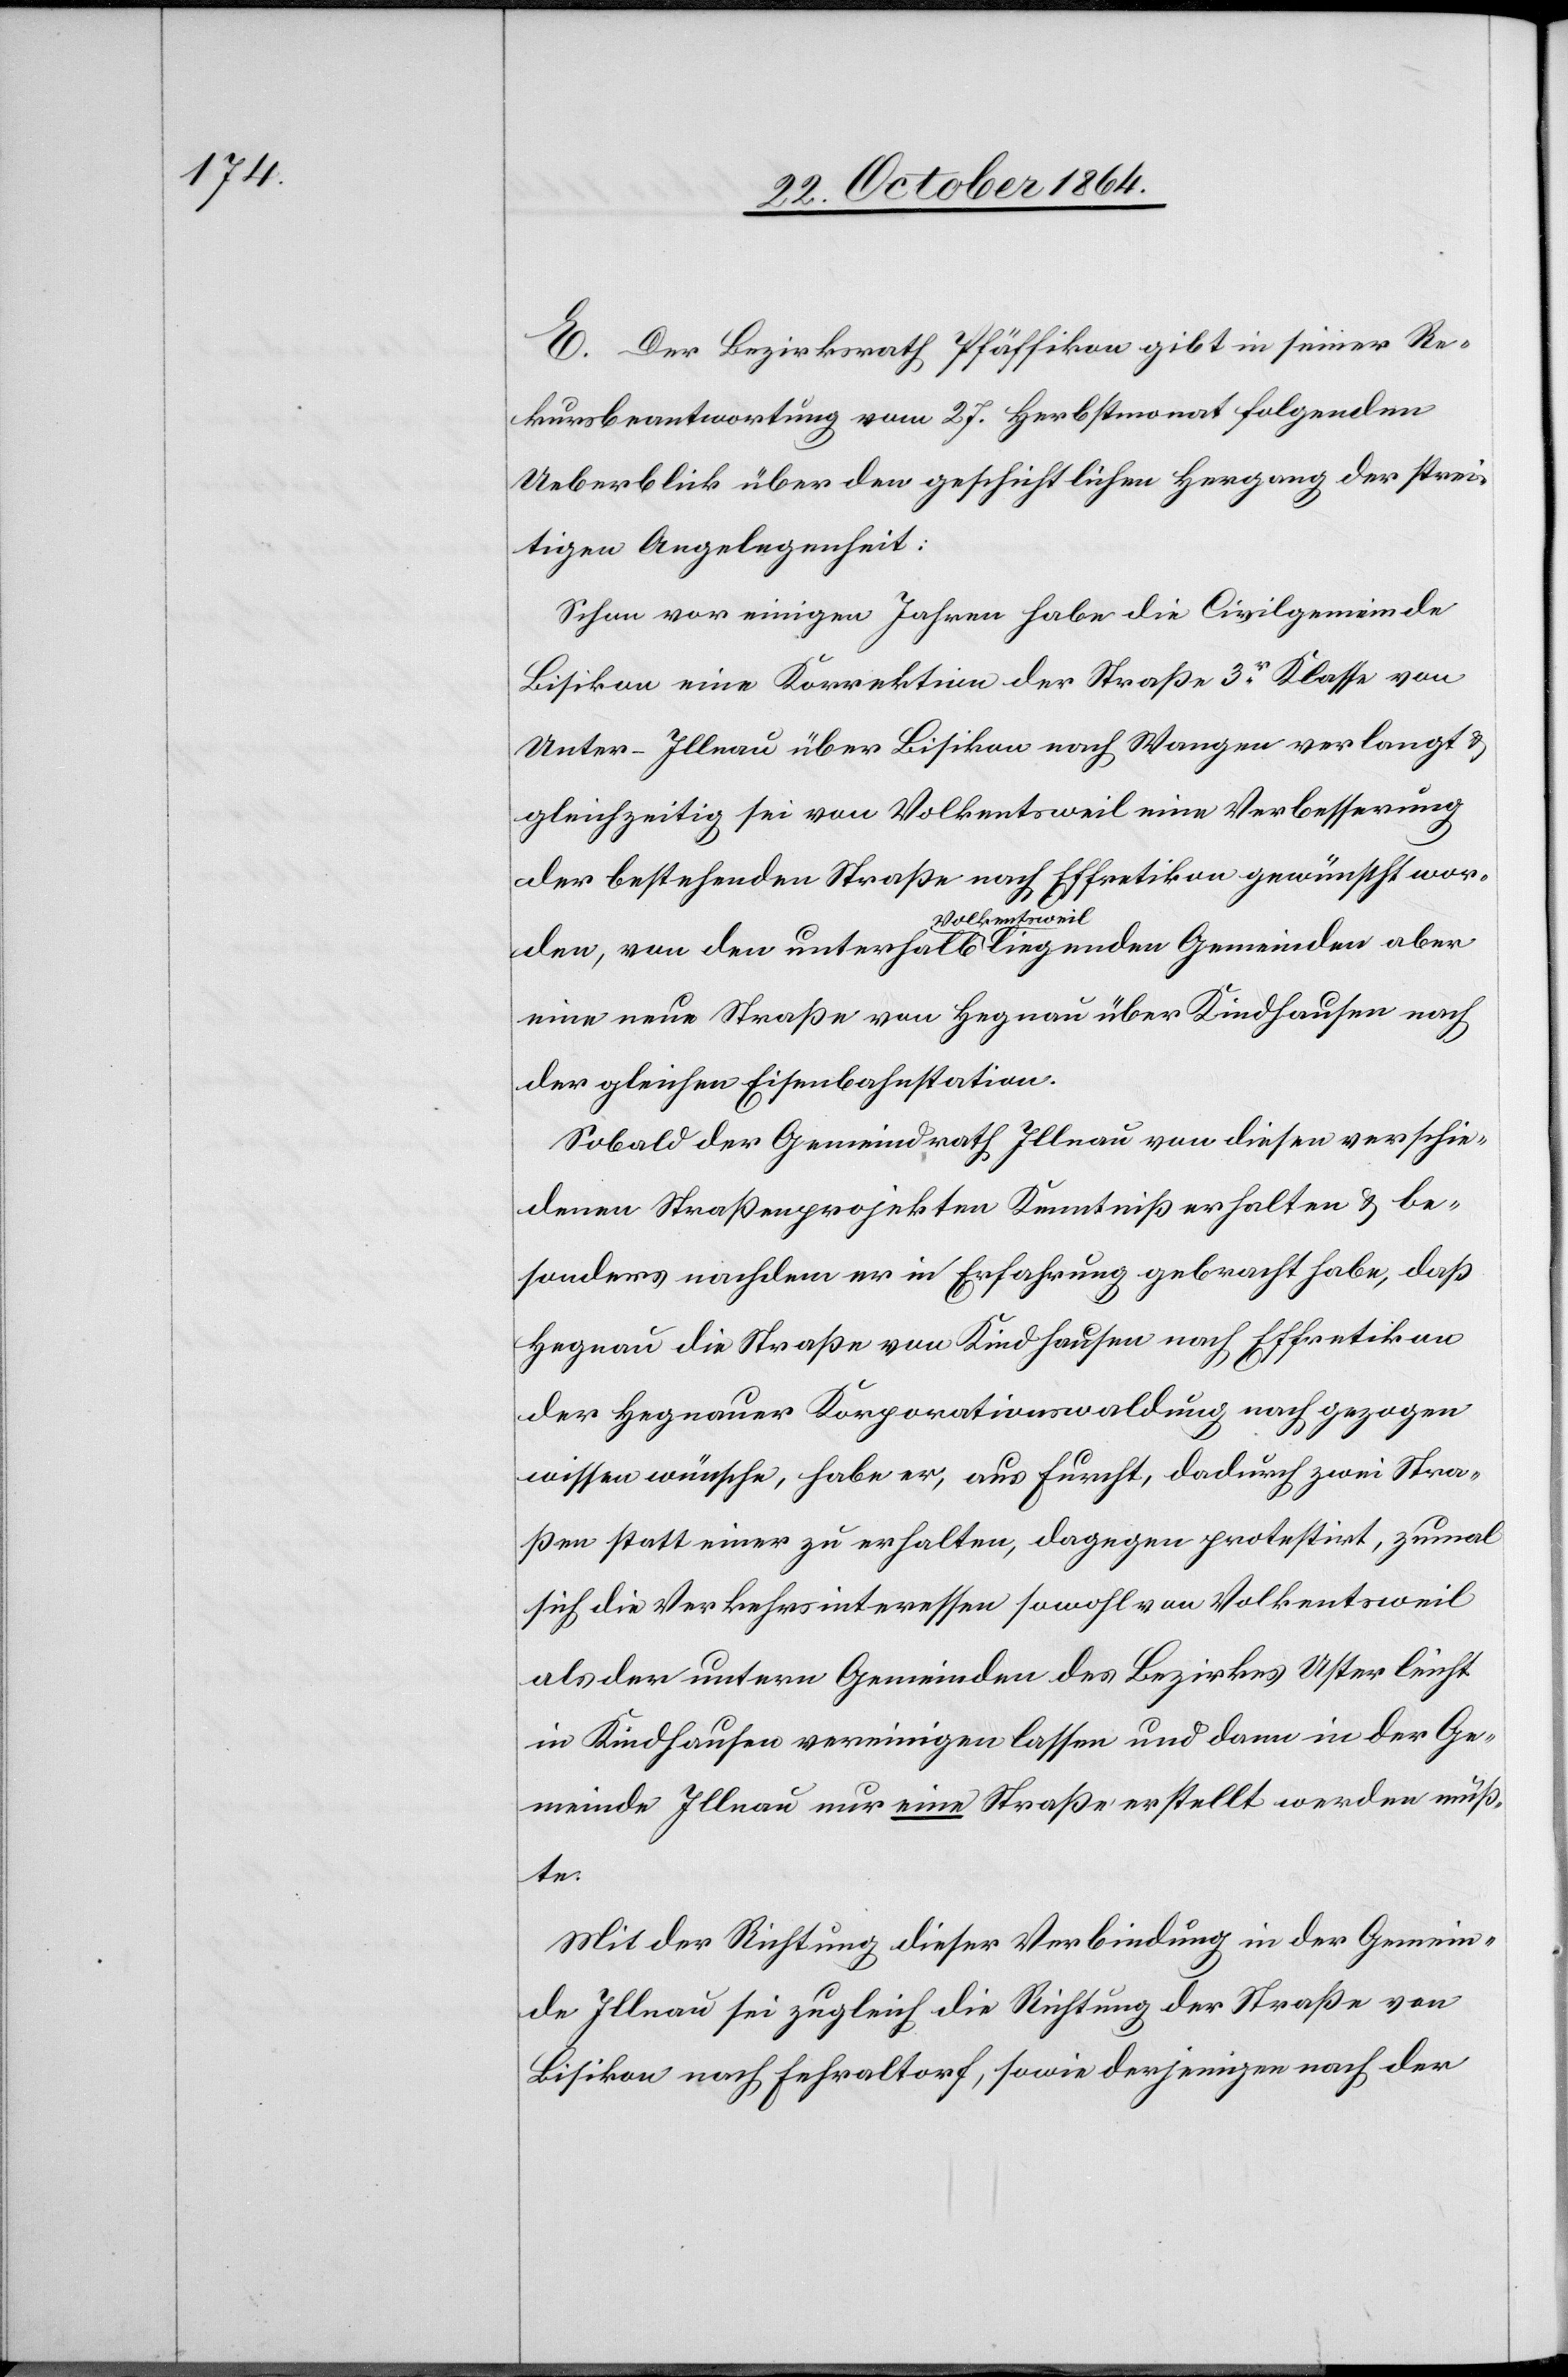
E. Der Bezirksrath Pfäffikon gibt in seiner Re¬
kursbeantwortung vom 27. Herbstmonat folgenden
Ueberblick über den geschichtlichen Hergang der strei¬
tigen Angelegenheit:
Schon vor einigen Jahren habe die Civilgemeinde
Bisikon eine Korrektion der Straße 3er Klasse von
Unter-Illnau über Bisikon nach Wangen verlangt &
gleichzeitig sei von Volkentsweil eine Verbesserung
der bestehenden Straße nach Effretikon gewünscht wor¬
den, von den unterhalb a-Volkentsweil-a liegenden Gemeinden aber
eine neue Straße von Hegnau über Kindhausen nach
der gleichen Eisenbahnstation.
Sobald der Gemeindrath Illnau von diesen verschie¬
denen Straßenprojekten Kenntniß erhalten & be¬
sonders nachdem er in Erfahrung gebracht habe, daß
Hegnau die Straße von Kindhausen nach Effretikon
der Hegnauer Korporationswaldung nach gezogen
wissen wünsche, habe er, aus Furcht, dadurch zwei Stra¬
ßen statt einer zu erhalten, dagegen protestirt, zumal
sich die Verkehrsinteressen sowohl von Volkentsweil
als der untern Gemeinden des Bezirkes Uster leicht
in Kindhausen vereinigen lassen und dann in der Ge¬
meinde Illnau nur eine Straße erstellt werden müß¬
te.
Mit der Richtung dieser Verbindung in der Gemein¬
de Illnau sei zugleich die Richtung der Straße von
Bisikon nach Fehraltorf, sowie derjenigen nach der